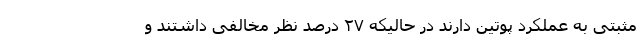
مثبتی به عملکرد پوتین دارند در حالیکه ۲۷ درصد نظر مخالفی داشتند و